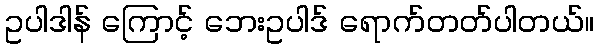
ဥပါဒါန် ကြောင့် ဘေးဥပါဒ် ရောက်တတ်ပါတယ်။